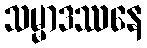
သမ္မာဒဿနေ